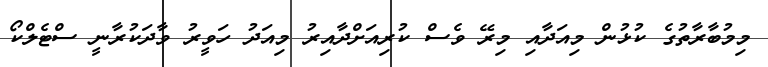
މިމުބާރާތުގެ ކުޅުން މިއަދާއި މިރޭ ވެސް ކުރިއަށްދާއިރު މިއަދު ހަވީރު ވާދަކުރާނީ ސްޓެލްކޯ